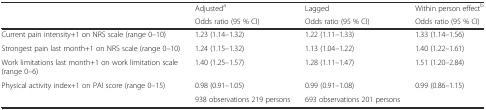
|  | Adjusteda | Lagged | Within person effectb |
 |  | Odds ratio (95 % CI) | Odds ratio (95 % CI) | Odds ratio (95 % CI) |
 | --- | --- | --- | --- |
 | Current pain intensity+1 on NRS scale (range 0–10) | 1.23 (1.14–1.32) | 1.22 (1.11–1.33) | 1.33 (1.14–1.56) |
 | Strongest pain last month+1 on NRS scale (range 0–10) | 1.24 (1.15–1.32) | 1.13 (1.04–1.22) | 1.40 (1.22–1.61) |
 | Work limitations last month+1 on work limitation scale (range 0–6) | 1.40 (1.25–1.57) | 1.28 (1.11–1.47) | 1.51 (1.20–2.84) |
 | Physical activity index+1 on PAI score (range 0–15) | 0.98 (0.91–1.05) | 0.99 (0.91–1.08) | 0.99 (0.86–1.15) |
 |  | 938 observations 219 persons | 693 observations 201 persons |  |